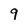
Character: 9